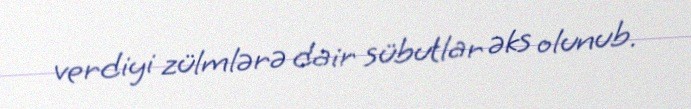
verdiyi zülmlərə dair sübutlar əks olunub.